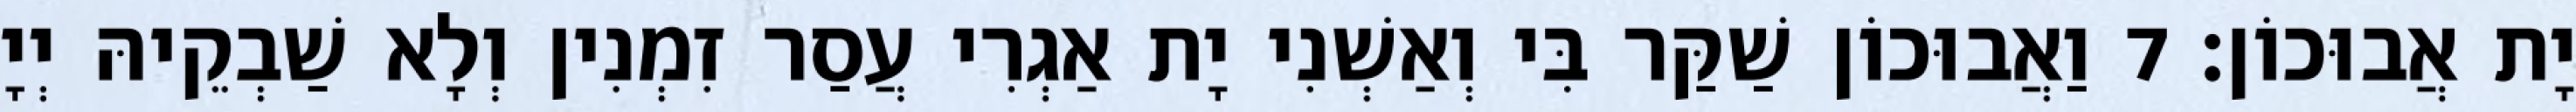
יָת אֲבוּכוֹן׃ 7 וַאֲבוּכוֹן שַׁקַּר בִּי וְאַשְׁנִי יָת אַגְרִי עֲסַר זִמְנִין וְלָא שַׁבְקֵיהּ יְיָ